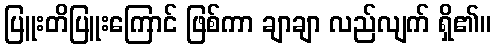
ပြူးတိပြူးကြောင် ဖြစ်ကာ ချာချာ လည်လျက် ရှိ၏။